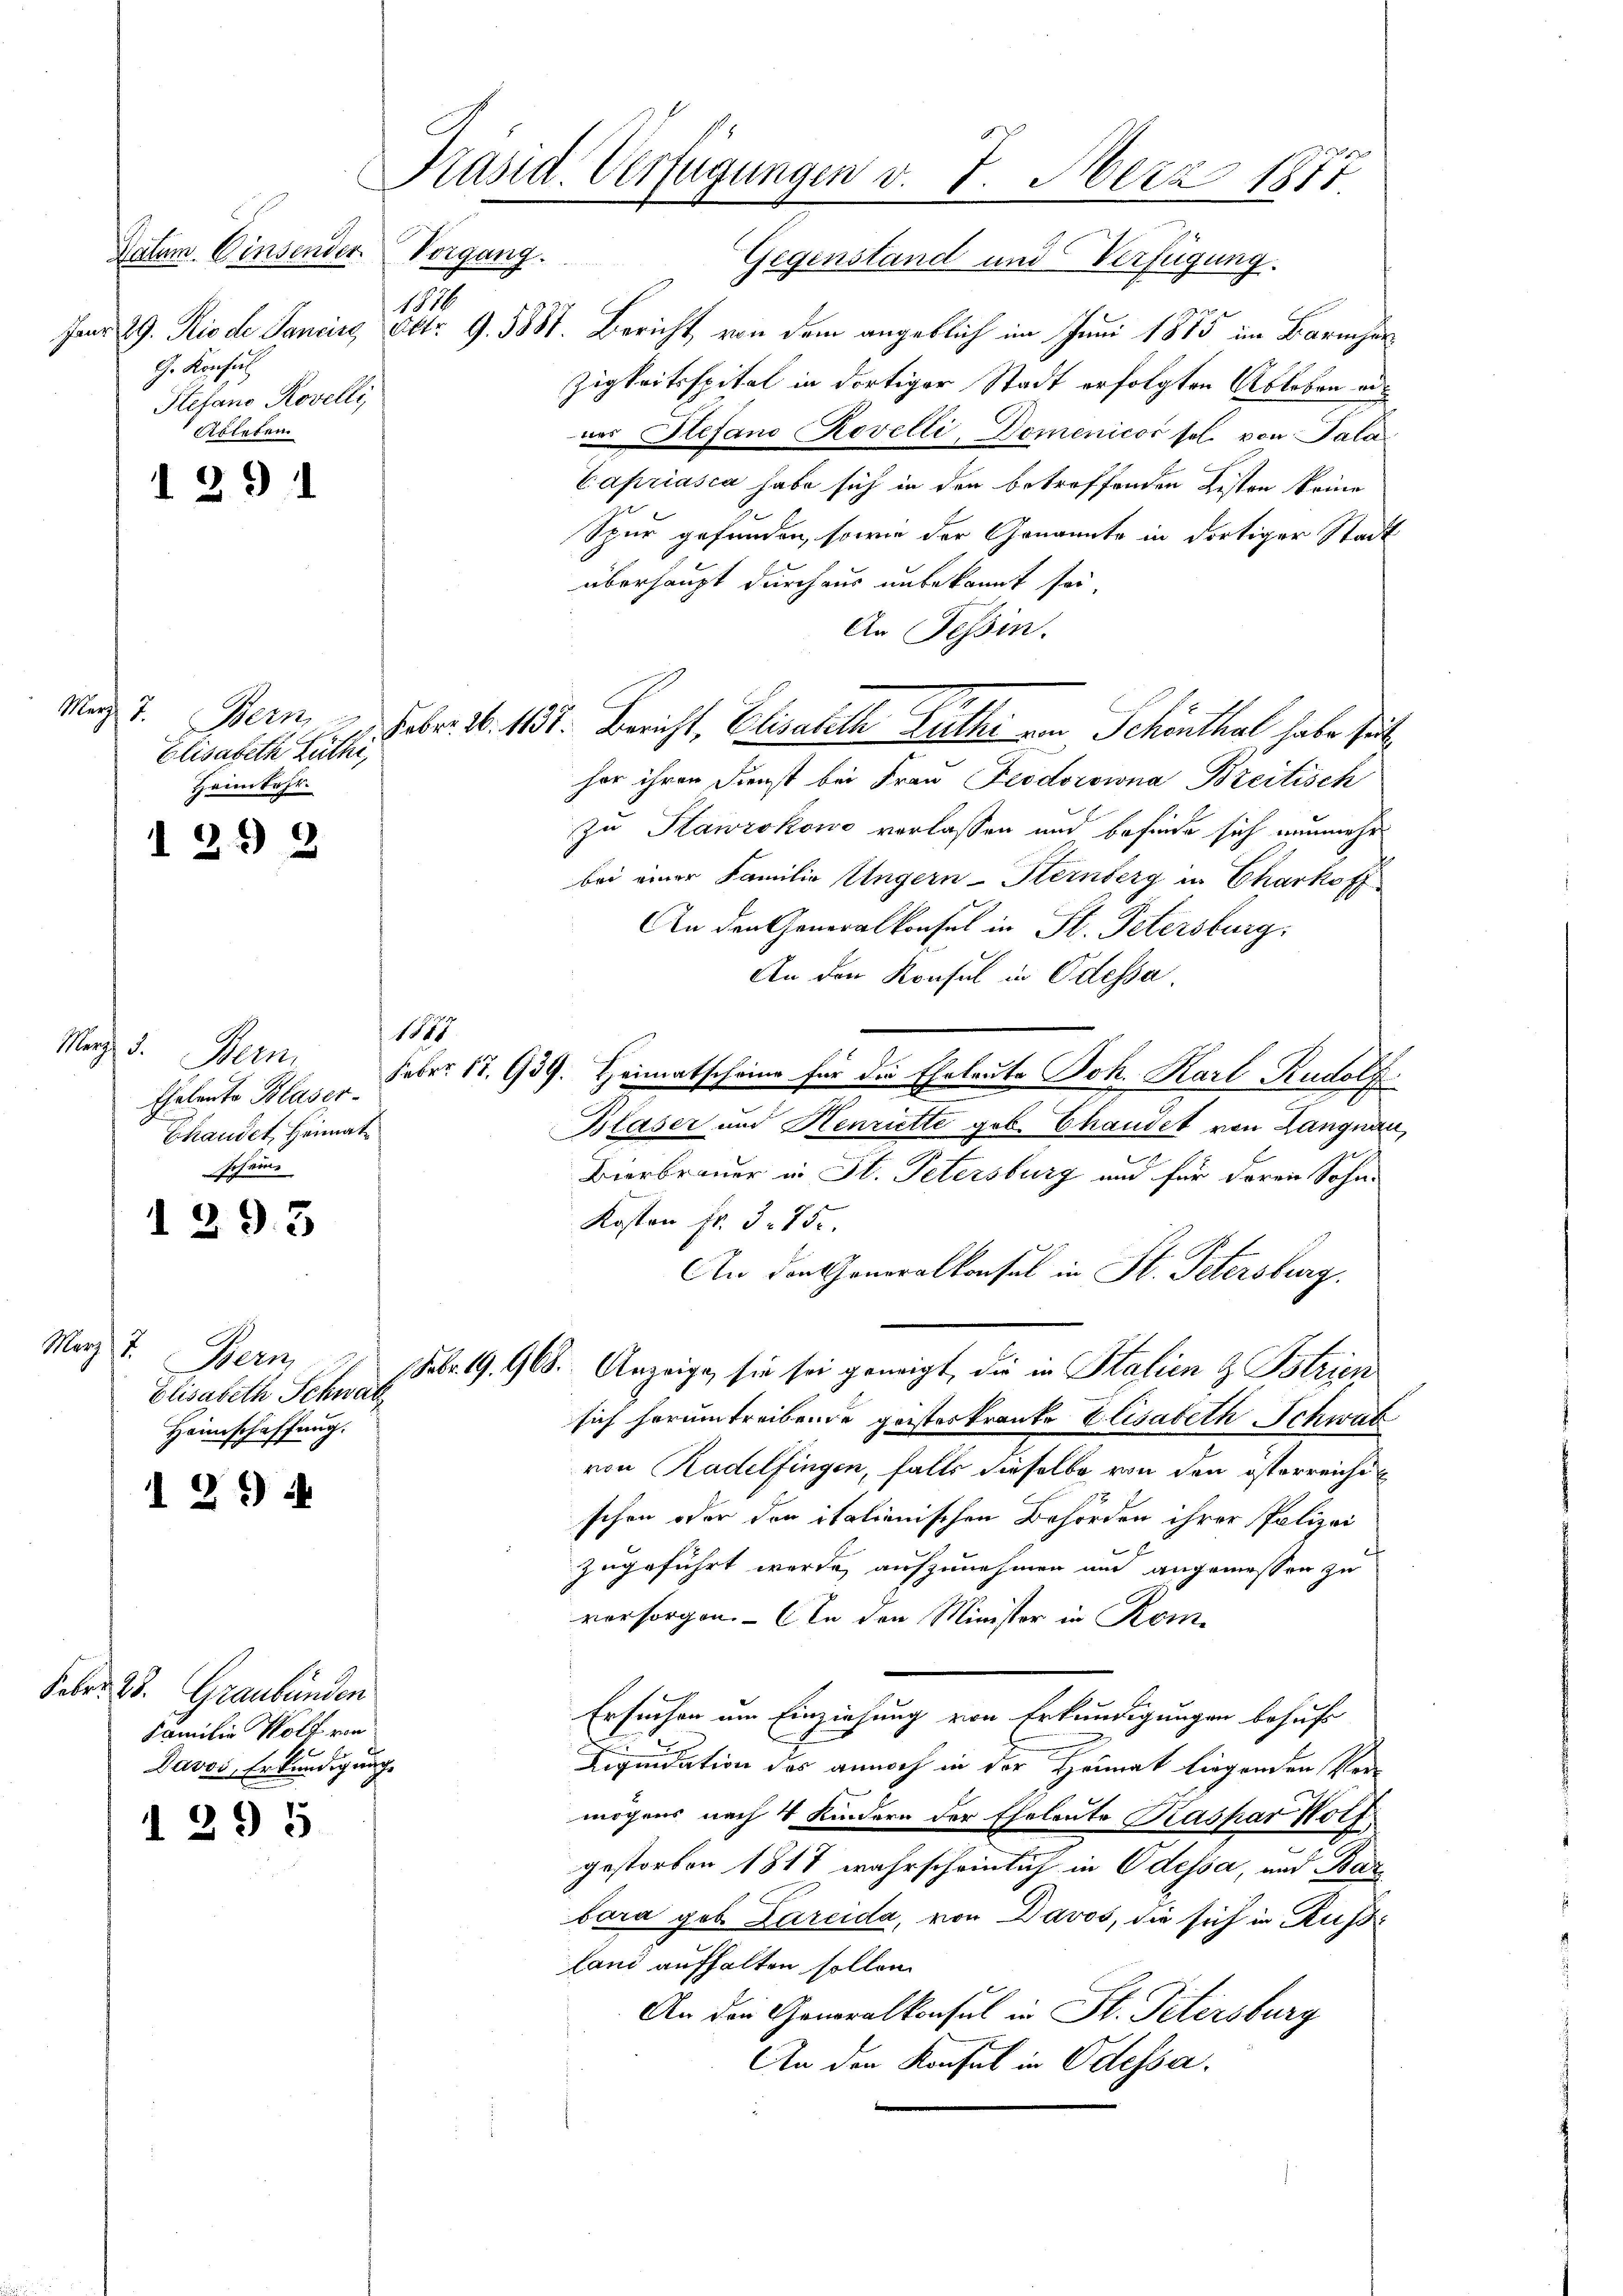
Vorgang.
Patum. Einsender
1876
G. Konsul
Stefano Rovelli,
Ableben

1291

Elisabeth Rüthi,
Heimkehr.

I 292

Marz d.
Stem
Ehelente Blaser
Thandet, Heimat
scheine

1 293

März 17
Bern
Elisabeth Schwatz
Heimschaffung.

294

Feber 25. Graubünden
Familie Wolf von
Davos, Erkundigung

d 295

Präsid. Verfügungen v. 7. Merz 1877.

1847.

Gegenstand und Verfügung.
Janr 29. Rio de Janeirg Otto. 9. 5881. Bericht, von dem angeblich im Juni 1885 im Barmher
Zigkeitsspital in dortiger Stadt erfolgten Ableben einer Stefand Rovelli, Domenicos sel. von Sala
Capriasca habe sich in den betreffenden Listen keine
Spur gefunden, sowie der Genannte in dortiger Stadt
überhaupt durchaus unbekannt sei,
An Tessin.
hor ihren Dienst bei Frau Feodorowna Breitisch
zu Stawrokowo verlassen und befinde sich nunmehr
bei einer Familie Ungern-Sternberg in Charkoff
An den Generalkonsul in St. Petersburg,
An den Konsul in Odessa.
Febr. 17. 939. Heimatscheine für die Eheleute Joh. Karl Rudolf
Blaser und Henriette gob. Chaudet von Langnau,
Bierbrauer in St. Petersburg und für deren Sohne
Kosten Fr. 375.
An den Generalkonsul in St. Petersburg,
(Febr. 19. 908. Anzeige, sie sei geneigt, die in Stalien & Bstrien
sich herumtreibende geisteskranke Elisabeth Schwab
von Radelfingen, falls dieselbe von den österreichischen oder den italienischen Behörden ihrer Polizei
zugeführt werde, aufzunehmen und angemessen zu
vorsorgen. In den Minister in Kom-
Ersuchen um Einziehung von Erkundigungen behufs
.
e
Liquidation des annoch in der Heimat liegenden Vermögens nach 4 Kindern der Eheleute Kaspar Wolf
gestorben 1817 wahrscheinlich in Odessa, und Barbara geb. Lareida, von Davos, die sich in Russi
land aufhalten sollen.
An der Generalkonsul in St. Petersburg
An den Konsul in Odessa.

Mag. 7. Bern Febr. 10. 1152. Bericht, Elisabeth Guther von Schönthal habe se